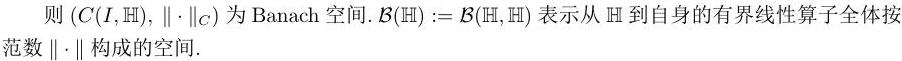
则 $(C(I,\mathbb{H}), \|\cdot\|_C)$ 为 Banach 空间. $\mathcal{B}(\mathbb{H}) := \mathcal{B}(\mathbb{H},\mathbb{H})$ 表示从 $\mathbb{H}$ 到自身的有界线性算子全体按范数 $\|\cdot\|$ 构成的空间.